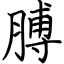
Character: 膊